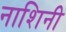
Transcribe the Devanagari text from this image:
नाशिनी